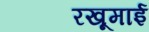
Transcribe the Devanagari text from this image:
रखूमाई